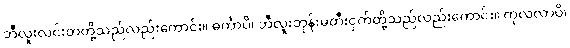
ဘီလူးလင်းတတို့သည်လည်းကောင်း။ ဓင်္ကာပိ၊ ဘီလူးဘုန်းမတီးငှက်တို့သည်လည်းကောင်း။ ကုလလာပိ၊